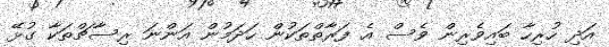
އަދި ހުރިހާ ބައިވެރިން ވެސް އެ ފަރާތްތަކުން ހަދަމުން އަންނަ ރިސާޗްތަކާ ގުޅޭ